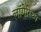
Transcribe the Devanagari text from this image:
लॉगेरिथ्म